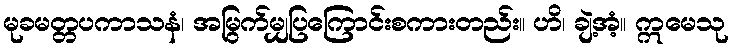
မုခမတ္တပကာသနံ၊ အမြွက်မျှပြကြောင်းစကားတည်း။ ဟိ၊ ချဲ့အံ့။ ဣမေသု